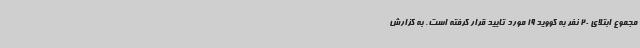
مجموع ابتلای 20 نفر به کووید 19 مورد تایید قرار گرفته است. به گزارش